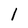
Character: 1